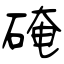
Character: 硽